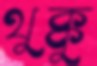
থুক্কু